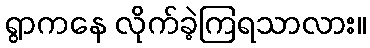
ရွာကနေ လိုက်ခဲ့ကြရသာလား။